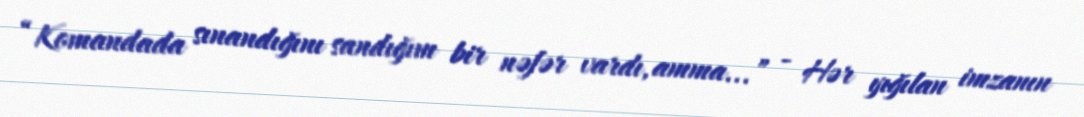
“Komandada sınandığını sandığım bir nəfər vardı, amma...” - Hər yığılan imzanın